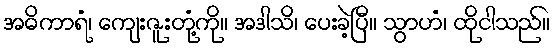
အဓိကာရံ၊ ကျေးဇူးတုံ့ကို။ အဒါသိ၊ ပေးခဲ့ပြီ။ သွာဟံ၊ ထိုငါသည်။